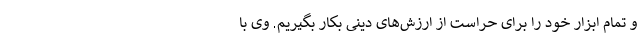
و تمام ابزار خود را برای حراست از ارزش‌های دینی بکار بگیریم. وی با